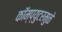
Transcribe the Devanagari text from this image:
कॉम्प्युटरमुळे